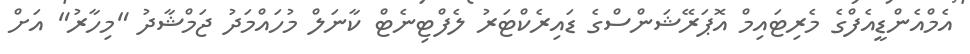
އެމްއެންޑީއެފްގެ މެރިޓައިމް އޮޕަރޭޝަންސްގެ ޑައިރެކްޓަރު ލެފްޓިނެޓް ކާނަލް މުހައްމަދު ޖަމްޝާދު "މިހާރު" އަށް